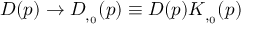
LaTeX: D ( p ) \rightarrow D _ { \L , \L _ { 0 } } ( p ) \equiv D ( p ) K _ { \L , \L _ { 0 } } ( p )